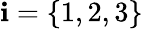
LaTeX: \mathbf{i}=\{ 1,2,3\}